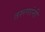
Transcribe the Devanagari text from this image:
तरूणांनी